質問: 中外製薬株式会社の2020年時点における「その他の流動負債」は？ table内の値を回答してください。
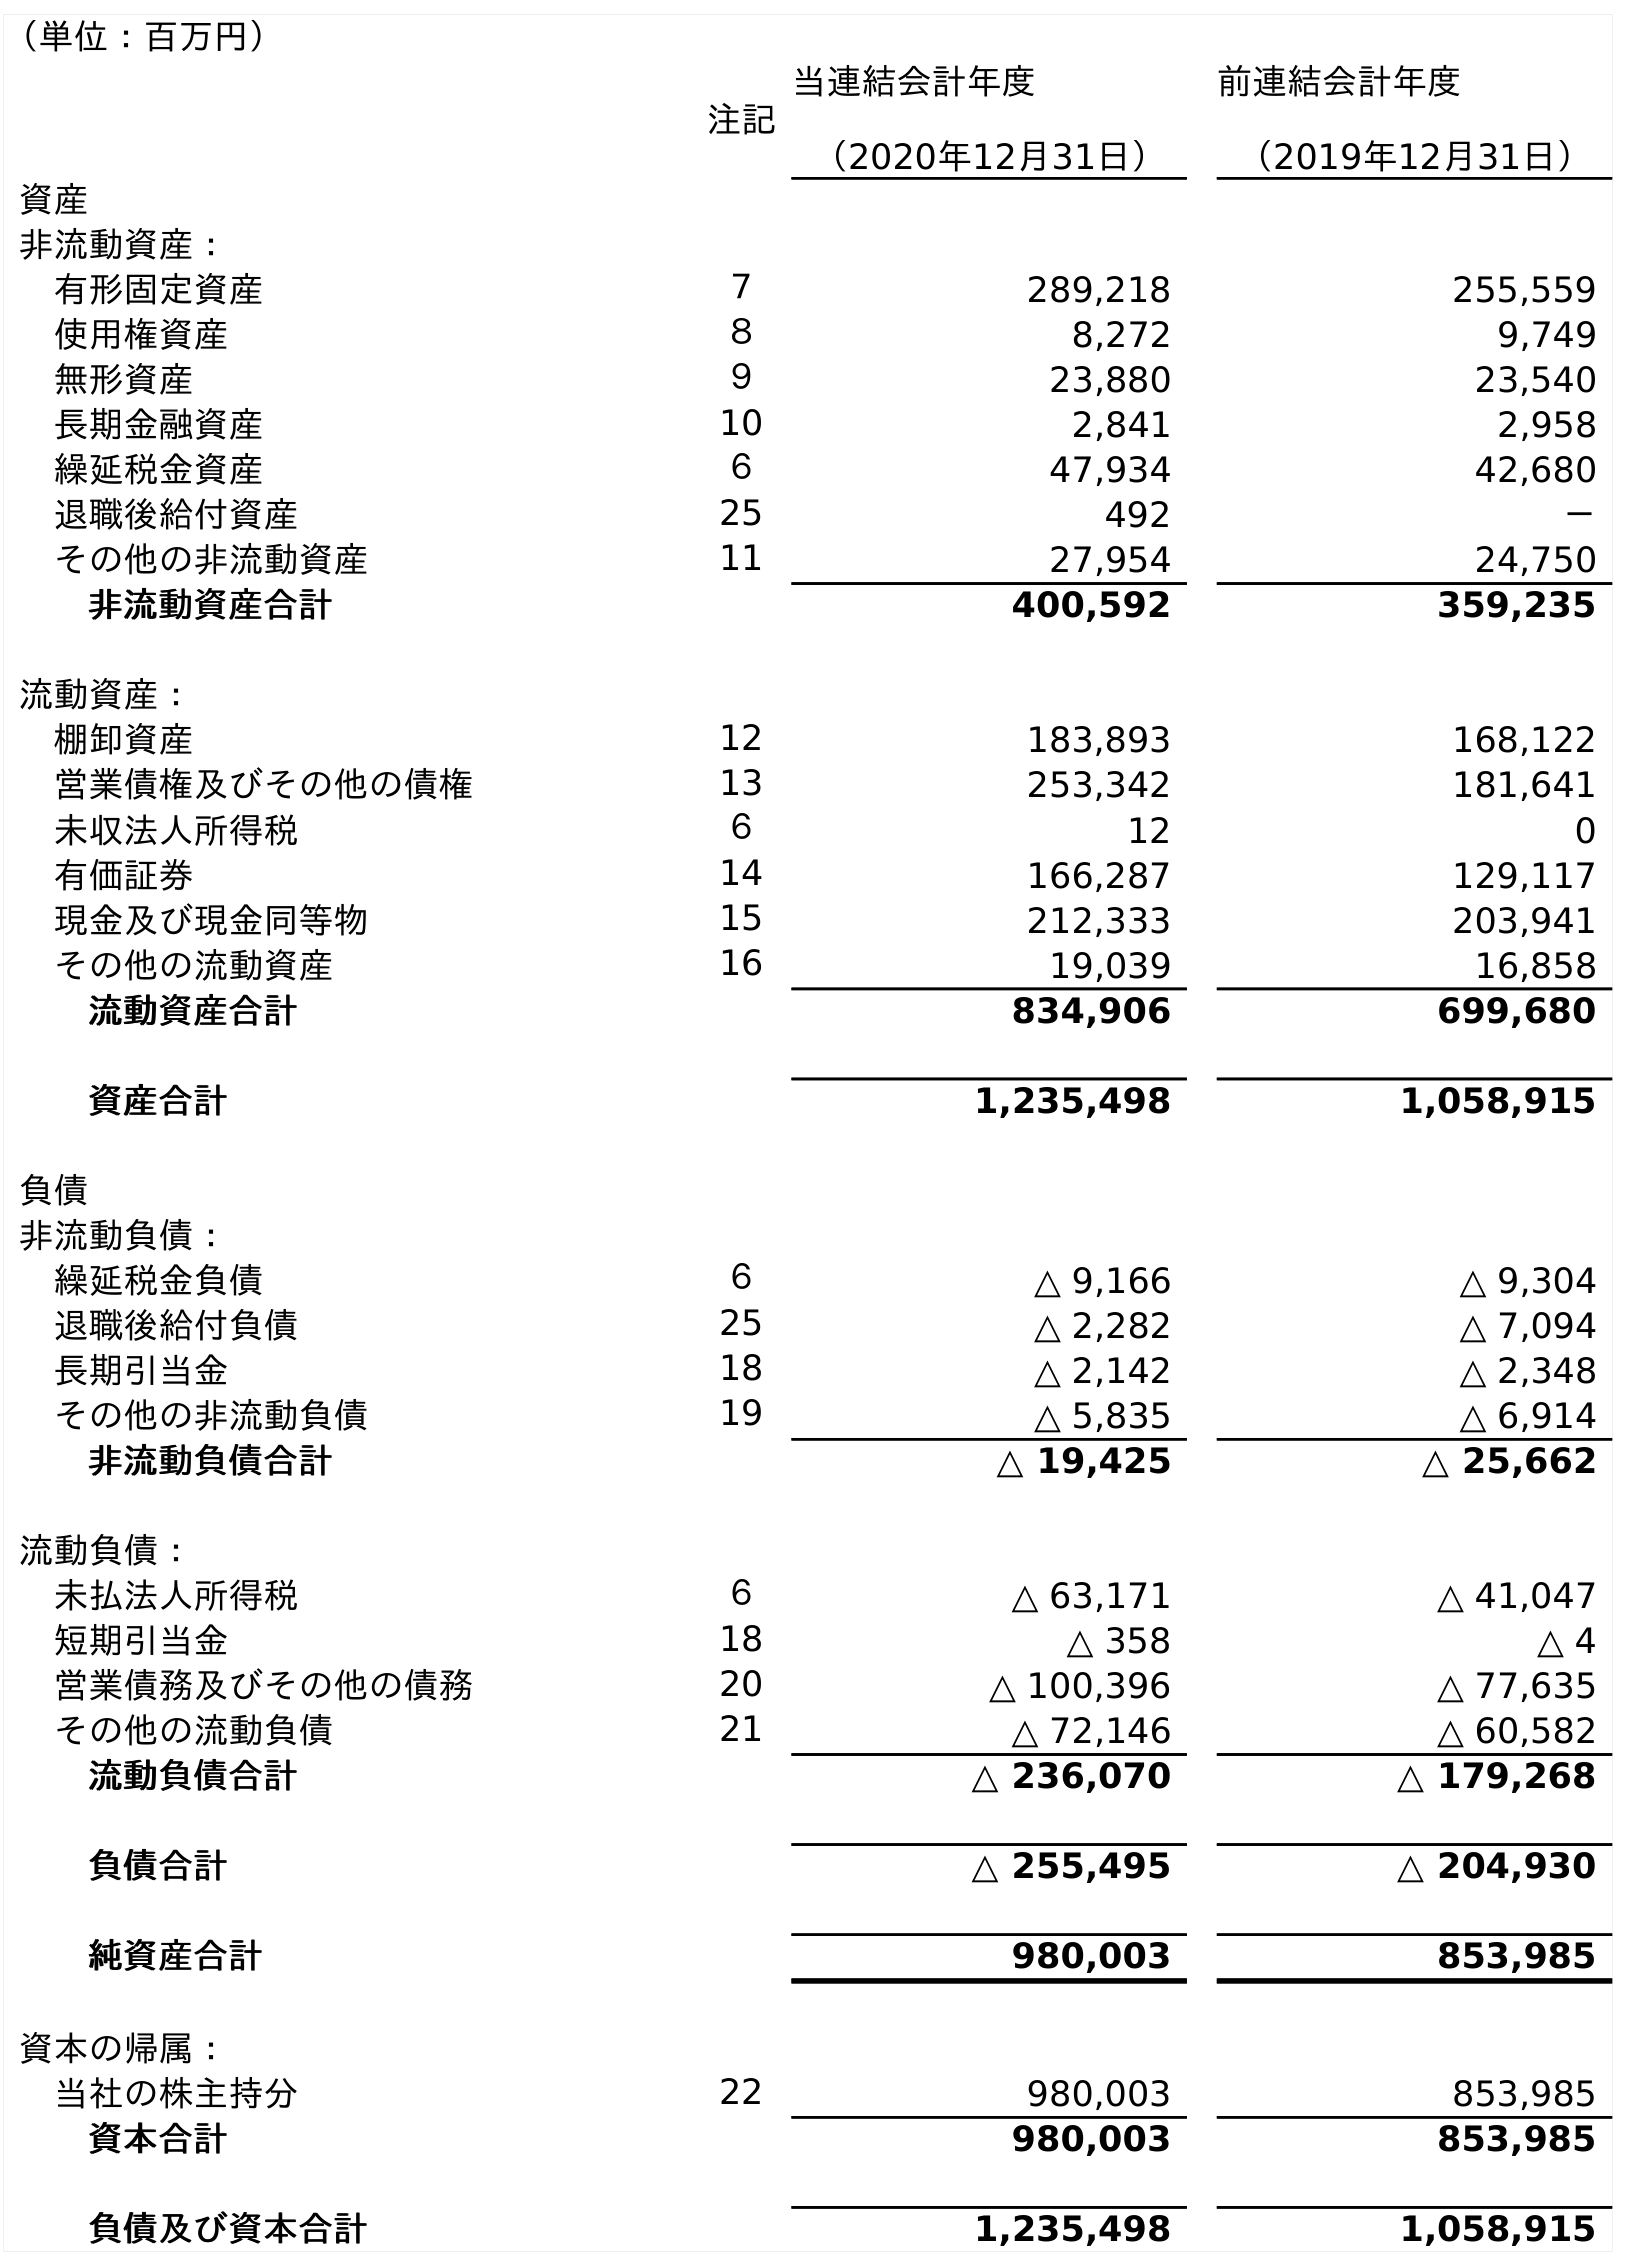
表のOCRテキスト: （単位：百万円） 注記 当連結会計年度 （2020年12月31日） 前連結会計年度 （2019年12月31日） 資産 非流動資産： 有形固定資産 ７ 289,218 255,559 使用権資産 ８ 8,272 9,749 無形資産 ９ 23,880 23,540 長期金融資産 10 2,841 2,958 繰延税金資産 ６ 47,934 42,680 退職後給付資産 25 492 － その他の非流動資産 11 27,954 24,750 非流動資産合計 400,592 359,235 流動資産： 棚卸資産 12 183,893 168,122 営業債権及びその他の債権 13 253,342 181,641 未収法人所得税 ６ 12 0 有価証券 14 166,287 129,117 現金及び現金同等物 15 212,333 203,941 その他の流動資産 16 19,039 16,858 流動資産合計 834,906 699,680 資産合計 1,235,498 1,058,915 負債 非流動負債： 繰延税金負債 ６ △ 9,166 △ 9,304 退職後給付負債 25 △ 2,282 △ 7,094 長期引当金 18 △ 2,142 △ 2,348 その他の非流動負債 19 △ 5,835 △ 6,914 非流動負債合計 △ 19,425 △ 25,662 流動負債： 未払法人所得税 ６ △ 63,171 △ 41,047 短期引当金 18 △ 358 △ 4 営業債務及びその他の債務 20 △ 100,396 △ 77,635 その他の流動負債 21 △ 72,146 △ 60,582 流動負債合計 △ 236,070 △ 179,268 負債合計 △ 255,495 △ 204,930 純資産合計 980,003 853,985 資本の帰属： 当社の株主持分 22 980,003 853,985 資本合計 980,003 853,985 負債及び資本合計 1,235,498 1,058,915
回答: △72,146